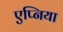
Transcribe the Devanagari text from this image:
एप्निया